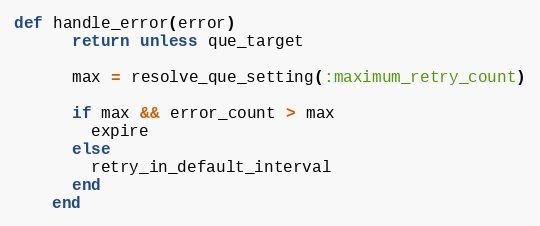
Language: Ruby
def handle_error(error)
      return unless que_target

      max = resolve_que_setting(:maximum_retry_count)

      if max && error_count > max
        expire
      else
        retry_in_default_interval
      end
    end